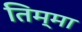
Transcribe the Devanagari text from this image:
तिम्मा